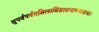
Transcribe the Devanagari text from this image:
सुपर्वपर्वतशिलासिंहासनाध्यासनाः